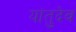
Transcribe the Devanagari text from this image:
यांतुदेव